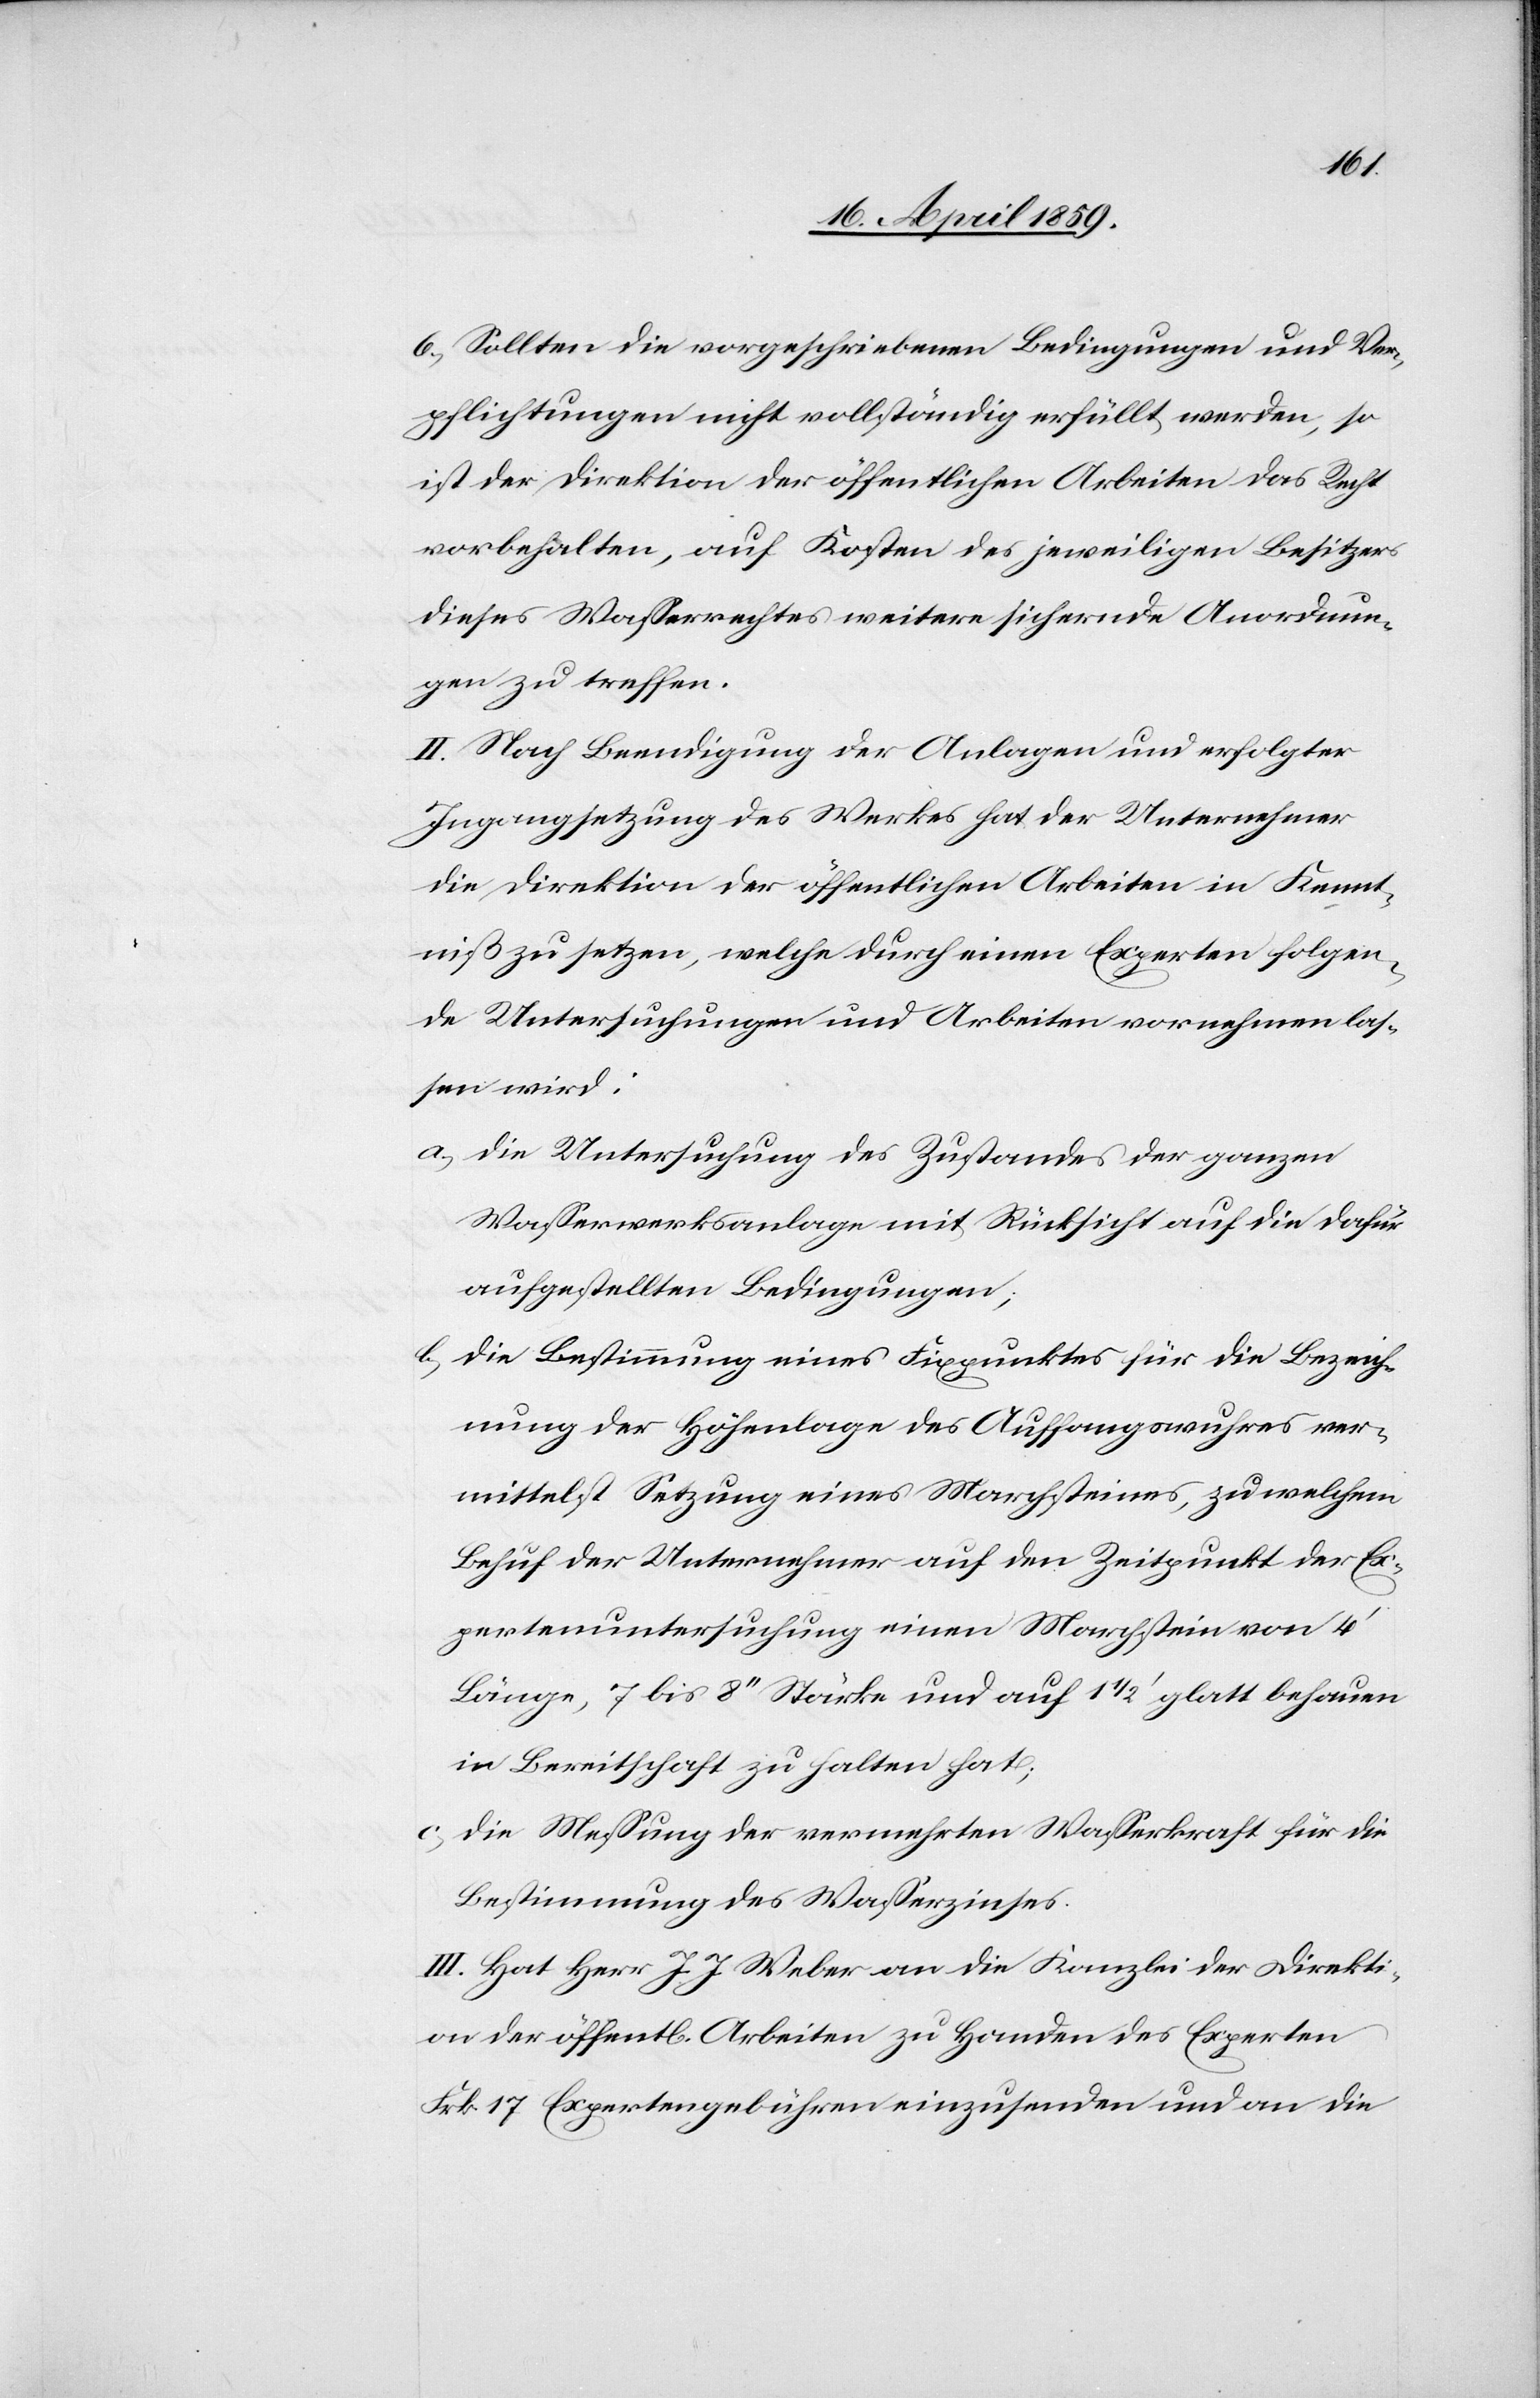
6) Sollten die vorgeschriebenen Bedingungen und Ver¬
pflichtungen nicht vollständig erfüllt werden, so
ist der Direktion der öffentlichen Arbeiten das Recht
vorbehalten, auf Kosten des jeweiligen Besitzers
dieses Waßerrechtes weitere sichernde Anordnun¬
gen zu treffen.
II. Nach Beendigung der Anlagen und erfolgter
Ingangsetzung des Werkes hat der Unternehmer
die Direktion der öffentlichen Arbeiten in Kennt¬
niß zu setzen, welche durch einen Experten folgen¬
de Untersuchungen und Arbeiten vornehmen las¬
sen wird:
a) die Untersuchung des Zustandes der ganzen
Waßerwerksanlage mit Rücksicht auf die dafür
aufgestellten Bedingungen;
die Bestimmung eines Fixpunktes für die Bezeich¬
nung der Höhenlage des Auffangswuhres ver¬
mittelst Setzung eines Marchsteines, zu welchem
Behuf der Unternehmer auf den Zeitpunkt der Ex¬
pertenuntersuchung einen Marchstein von 4‘
Länge, 7 bis 8‘‘ Stärke und auf 1 1/2‘ glatt behauen
in Bereitschaft zu halten hat;
c) die Meßung der vermehrten Waßerkraft für die
Bestimmung des Waßerzinses.
III. Hat Herr J. J. Weber an die Kanzlei der Direkti¬
on der öffentl. Arbeiten zu Handen des Experten
Frk. 17 Expertengebühren einzusenden und an die